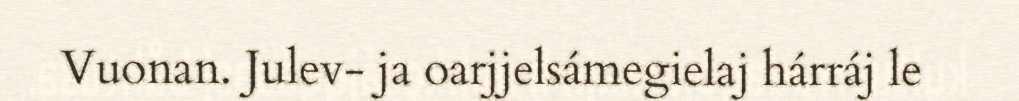
Vuonan. Julev- ja oarjjelsámegielaj hárráj le